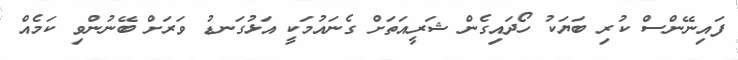
ފައިނޭންސް ކުރި ބަޔަކު ހޯދައިގެން ޝަރީއަތަށް ގެނައުމަކީ އަޅުގަނޑު ވަރަށް ބޭނުންވި ކަމެއް